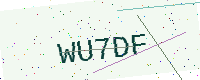
Text: WU7DF